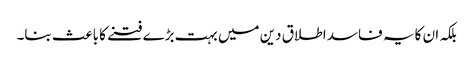
بلکہ ان کا یہ فاسد اطلاق دین میں بہت بڑے فتنے کا باعث بنا۔